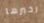
اخبرها